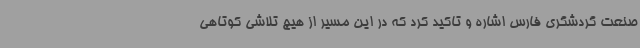
صنعت گردشگری فارس اشاره و تاکید کرد که در این مسیر از هیچ تلاشی کوتاهی